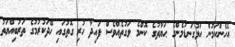
އެހެންކަމުން އަޅުގަނޑުމެންގެ ޙަޔާތުގެ ކޮންމެ ވަގުތެއްވެސް ފައިދާ ހުރި ގޮތުގައި ހޭދަކުރުމުގެ ތަރުބިއްޔަތު